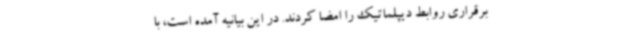
برقراری روابط دیپلماتیک را امضا کردند. در این بیانیه آمده است، با